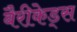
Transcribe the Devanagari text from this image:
बैरीकेड्स